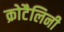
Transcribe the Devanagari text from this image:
क्रोटैलिनी